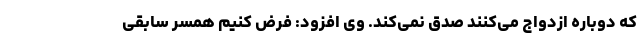
که دوباره ازدواج می‌کنند صدق نمی‌کند. وی افزود: فرض کنیم همسر سابقی